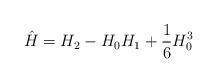
LaTeX: \begin{align*}\hat H=H_2-H_0H_1+\frac{1}{6}H_0^3\end{align*}